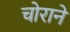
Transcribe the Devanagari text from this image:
चोराने